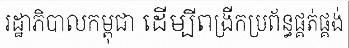
រដ្ឋាភិបាលកម្ពុជា ដើម្បីពង្រីកប្រព័ន្ធផ្គត់ផ្គង់